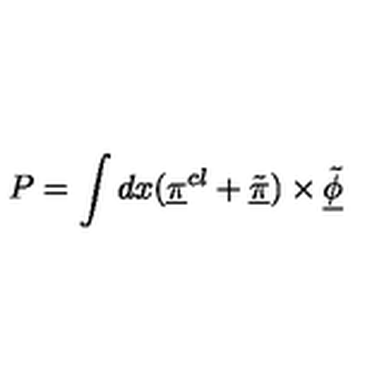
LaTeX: P = \int d x ( \underline { { \pi } } ^ { c l } + \underline { { \tilde { \pi } } } ) \times \underline { { \tilde { \phi } } }